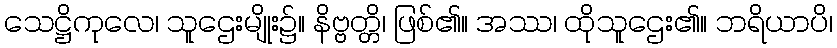
သေဋ္ဌိကုလေ၊ သူဌေးမျိုး၌။ နိဗ္ဗတ္တိ၊ ဖြစ်၏။ အဿ၊ ထိုသူဌေး၏။ ဘရိယာပိ၊